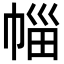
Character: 𭘦